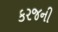
કરજની